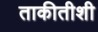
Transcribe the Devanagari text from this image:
ताकीतीशी